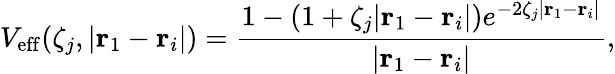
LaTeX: V_{\mathrm{eff}}(\zeta_{j},|\mathbf{r}_{1}-\mathbf{r}_{i}|)=\frac{1-(1+\zeta_{j}|\mathbf{r}_{1}-\mathbf{r}_{i}|)e^{-2\zeta_{j}|\mathbf{r}_{1}-\mathbf{r}_{i}|}}{|\mathbf{r}_{1}-\mathbf{r}_{i}|},